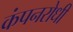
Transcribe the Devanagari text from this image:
कंपनरोधी